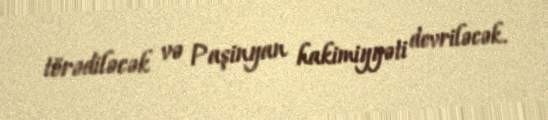
törədiləcək və Paşinyan hakimiyyəti devriləcək.